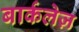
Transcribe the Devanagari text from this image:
बार्कलेज़